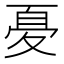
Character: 𱘤